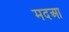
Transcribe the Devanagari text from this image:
मदआ